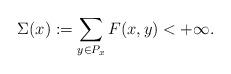
LaTeX: \begin{align*}\Sigma(x):=\sum_{y\in P_x}F(x,y)<+\infty.\end{align*}